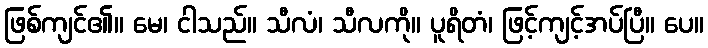
ဖြစ်ကျင်၏။ မေ၊ ငါသည်။ သီလံ၊ သီလကို။ ပူရိတံ၊ ဖြင့်ကျင့်အပ်ပြီ။ ပေ။